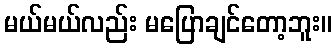
မယ်မယ်လည်း မပြောချင်တော့ဘူး။